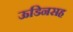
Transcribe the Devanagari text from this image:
ऊडिनसह